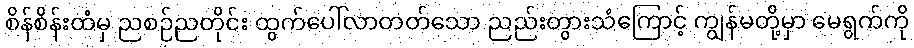
စိန်စိန်းထံမှ ညစဉ်ညတိုင်း ထွက်ပေါ်လာတတ်သော ညည်းတွားသံကြောင့် ကျွန်မတို့မှာ မေရွက်ကို